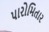
પારોમિતાર